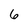
Character: 6